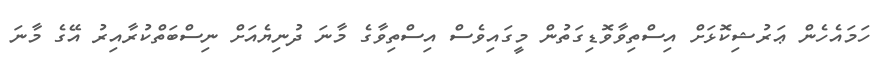
ހަމައެހެން ޢަރުޝިކޮޅަށް އިސްތިވާވޮޑިގަތުން މީގައިވެސް އިސްތިވާގެ މާނަ ދުނިޔެއަށް ނިސްބަތްކުރާއިރު އޭގެ މާނަ